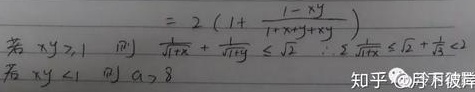
若 \(xy \geq 1\)，则 \(\frac{1}{\sqrt{1 + x}}+\frac{1}{\sqrt{1 + y}}\leq\sqrt{2}\left(1+\frac{1 - xy}{1 + xy + 1}\right)\leq\sqrt{2}+\frac{1}{\sqrt{2}}<2\)；若 \(xy < 1\)，则 \(a > 8\)。

知乎 @浮卮彼岸